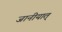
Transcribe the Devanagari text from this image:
जानीयात्